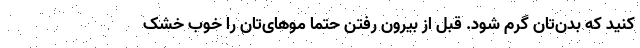
کنید که بدن‌تان گرم شود. قبل از بیرون رفتن حتما موهای‌تان را خوب خشک